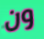
ون